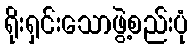
ရိုးရှင်းသောဖွဲ့စည်းပုံ